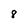
Character: 8